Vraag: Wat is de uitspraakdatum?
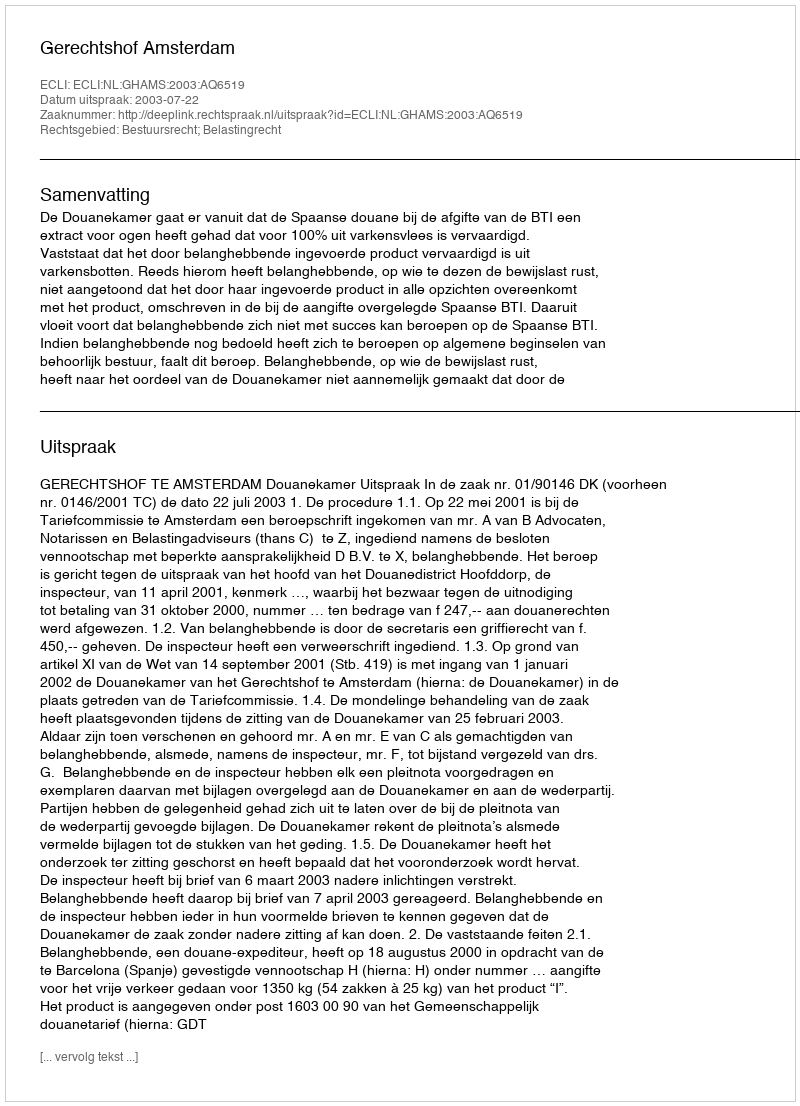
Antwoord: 2003-07-22